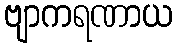
ဗျာကရဏာယ